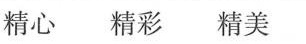
精心 精彩 精美